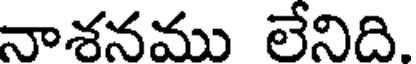
నాశనము లేనిది.